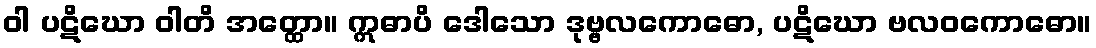
ဝါ ပဋိဃော ဝါတိ အတ္ထော။ ဣဓာပိ ဒေါသော ဒုဗ္ဗလကောဓော, ပဋိဃော ဗလဝကောဓော။